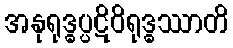
အနုရုဒ္ဓပ္ပဋိဝိရုဒ္ဓဿာတိ